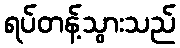
ရပ်တန့်သွားသည်